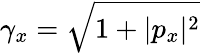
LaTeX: \gamma_{x}=\sqrt{1+|p_{x}|^{2}}